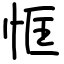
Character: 恇